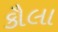
કૌલા